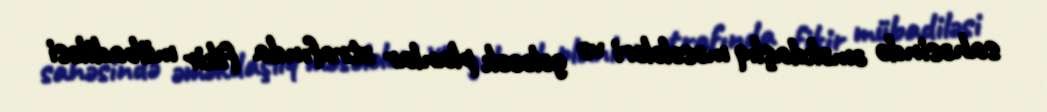
sahəsində əməkdaşlıq məsələləri və gələcək planlar ətrafında fikir mübadiləsi